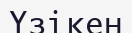
Үзікен